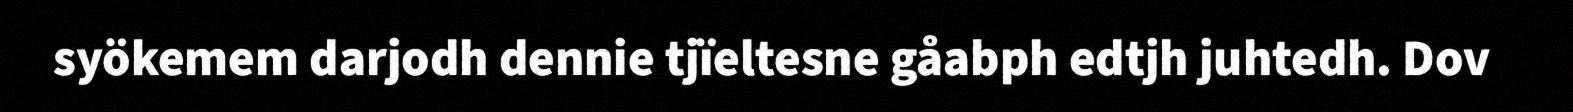
syökemem darjodh dennie tjïeltesne gåabph edtjh juhtedh. Dov